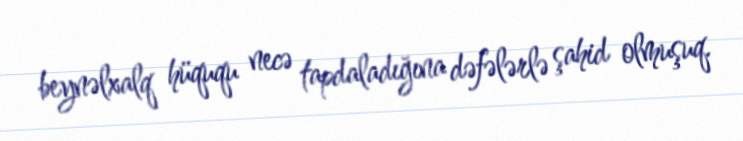
beynəlxalq hüququ necə tapdaladığına dəfələrlə şahid olmuşuq.